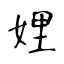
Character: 娌